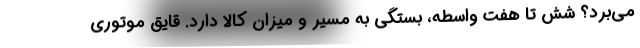
مي‌برد؟ شش تا هفت واسطه، بستگي به مسير و ميزان كالا دارد. قايق موتوري